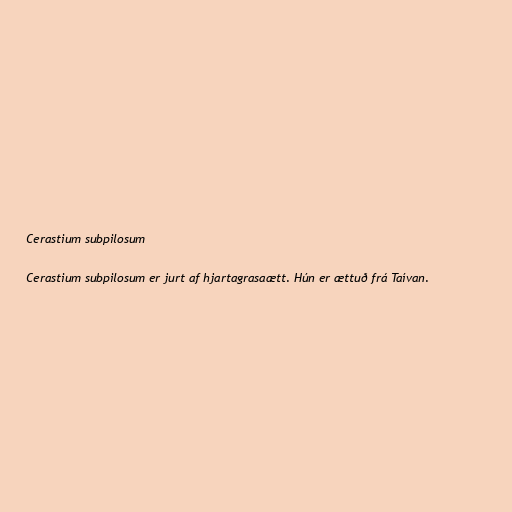
Cerastium subpilosum

Cerastium subpilosum er jurt af hjartagrasaætt. Hún er ættuð frá Taívan.